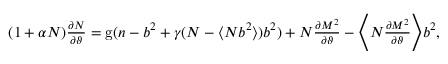
\begin{array} { r } { ( 1 + \alpha N ) \frac { \partial N } { \partial \vartheta } = \mathrm { g } ( n - b ^ { 2 } + \gamma ( N - \langle N b ^ { 2 } \rangle ) b ^ { 2 } ) + N \frac { \partial M ^ { 2 } } { \partial \vartheta } - \Bigg \langle N \frac { \partial M ^ { 2 } } { \partial \vartheta } \Bigg \rangle b ^ { 2 } , } \end{array}